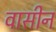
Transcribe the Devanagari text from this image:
वासीन